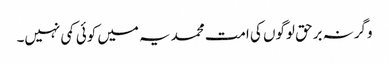
وگرنہ برحق لوگوں کی امت محمدیہ میں کوئی کمی نہیں۔